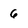
Character: 6